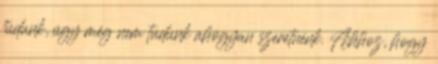
tudunk, úgy még nem tudunk ahogyan szeretnénk. Ahhoz, hogy